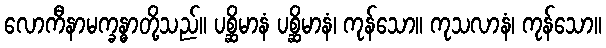
လောကီနာမက္ခန္ဓာတို့သည်။ ပစ္ဆိမာနံ ပစ္ဆိမာနံ၊ ကုန်သော။ ကုသလာနံ၊ ကုန်သော။